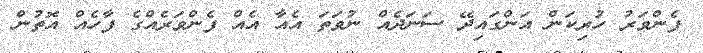
ފެންވަރު ހުރިކަން އަންގައިދޭ ސަނަދެއް ނުވަތަ އެއާ އެއް ފެންވަރެއްގެ ފާހެއް އޮތުން